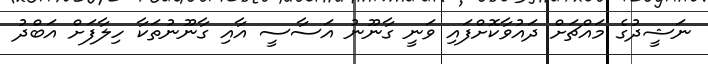
ނަޝީދުގެ މައްޗަށް ދައުވާކޮށްފައި ވަނީ ގާނޫނު އަސާސީ އާއި ގާނޫނުތަކާ ހިލާފަށް އަބްދު